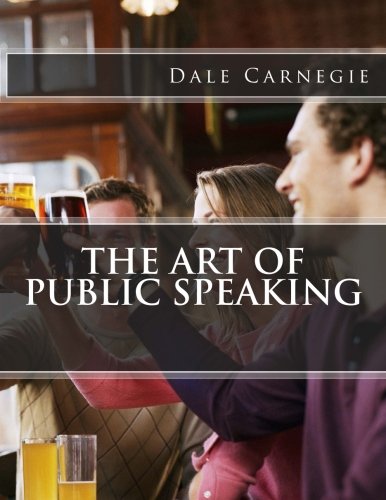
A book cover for The Art of Public Speaking; Dale Carnegie; Business & Money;